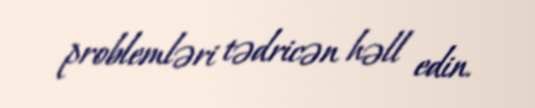
problemləri tədricən həll edin.